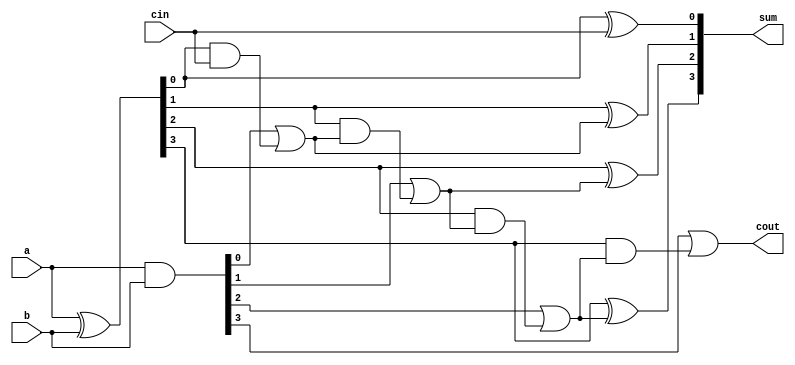
`timescale 1ns / 1ps
//////////////////////////////////////////////////////////////////////////////////
// Company: 
// Engineer: 
// 
// Design Name: 
// Module Name: CLA_4
// Project Name: 
// Target Devices: 
// Tool Versions: 
// Description: 
// 
// Dependencies: 
// 
// Revision:
// Revision 0.01 - File Created
// Additional Comments:
// 
//////////////////////////////////////////////////////////////////////////////////


module CLA_4(
    input [3:0] a,
    input [3:0] b,
    input cin,
    output [3:0] sum,
    output cout
);

    // Wire declarations for generate and propagate
    wire [3:0] g, p;
    assign g = a & b;  // Generate
    assign p = a ^ b;  // Propagate

    // Wire declaration for carry
    wire [3:0] c;
    assign c[0] = cin;
    assign c[1] = g[0] | (p[0] & c[0]);
    assign c[2] = g[1] | (p[1] & c[1]);
    assign c[3] = g[2] | (p[2] & c[2]);

    // Sum and carry out calculations
    assign sum[0] = p[0] ^ c[0];
    assign sum[1] = p[1] ^ c[1];
    assign sum[2] = p[2] ^ c[2];
    assign sum[3] = p[3] ^ c[3];
    assign cout = g[3] | (p[3] & c[3]);

endmodule